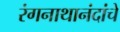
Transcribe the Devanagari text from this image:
रंगनाथानंदांचे